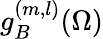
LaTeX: g_{B}^{(m,l)}(\Omega)